Indian journal of veterinary science and animal husbandry - Volumes 24-25, 1954-1955
Year: 1954
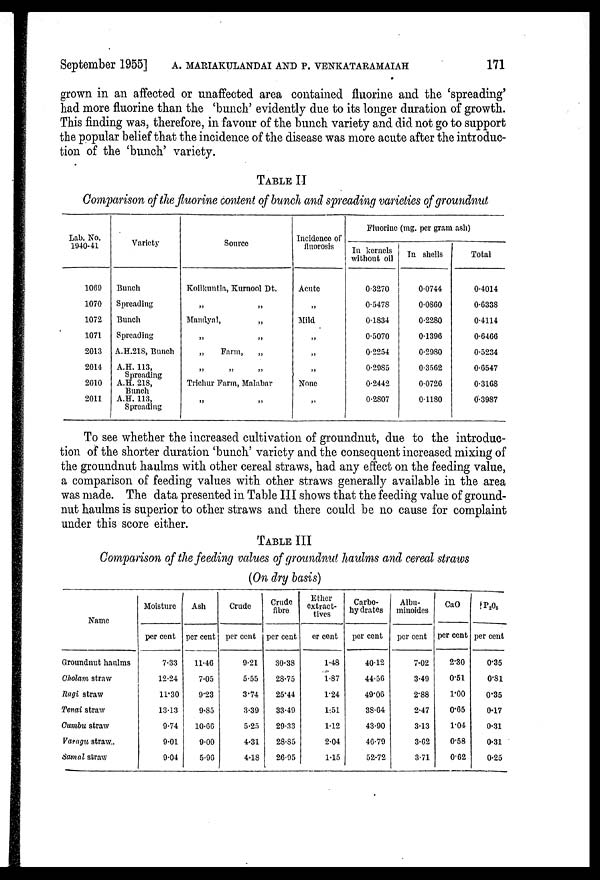
September 1955] A. MARIAKULANDAI AND P. VENKATARAMAIAH 171
grown in an affected or unaffected area contained fluorine and the 'spreading'
had more fluorine than the 'bunch' evidently due to its longer duration of growth.
This finding was, therefore, in favour of the bunch variety and did not go to support
the popular belief that the incidence of the disease was more acute after the introduc-
tion of the 'bunch' variety.
TABLE II
Comparison of the fluorine content of bunch and spreading varieties of groundnut
Lab. No.
1940-41
1069
1070
1072
1071
2013
2014
2010
2011
Variety
Bunch
Spreading
Bunch
Spreading
A.H.218, Bunch
A.H. 113,
Spreading
A.H. 218,
Bunch
A.H. 113,
Spreading
Source
Koilkuntla, Kurnool Dt.
„ „
Mandyal,
„
„ „
„
Farm,
„
„ „ „
Trichur Farm, Malabar
„ „
Incidence of
fluorosis
Acute
„
Mild
„
„
„
None
„
Fluorine (mg. per gram ash)
In kernels
without oil
0.3270
0.5478
0.1834
0.5070
0.2254
0.2985
0.2442
0.2807
In shells
0.0744
0.0860
0.2280
0.1396
0.2980
0.3562
0.0726
0.1180
Total
0.4014
0.6338
0.4114
0.6466
0.5234
0.6547
0.3168
0.3987
To see whether the increased cultivation of groundnut, due to the introduc-
tion of the shorter duration 'bunch' variety and the consequent increased mixing of
the groundnut haulms with other cereal straws, had any effect on the feeding value,
a comparison of feeding values with other straws generally available in the area
was made. The data presented in Table III shows that the feeding value of ground-
nut haulms is superior to other straws and there could be no cause for complaint
under this score either.
TABLE III
Comparison of the feeding values of groundnut haulms and cereal straws
(On dry basis)
Name
Groundnut haulms
Cholam straw
Ragi straw
Tenai straw
Cumbu straw
Varagu straw
Samal straw
Moisture
per cent
7.33
12.24
11.30
13.13
9.74
9.01
9.04
Ash
per cent
11.46
7.05
9.23
9.85
10.66
9.00
5.96
Crude
per cent
9.21
5.55
3.74
3.39
5.25
4.31
4.18
Crude
fibre
per cent
30.38
28.75
25.44
33.49
29.33
28.85
26.95
Ether
extract-
tives
per cent
1.48
1.87
1.24
1.51
1.12
2.04
1.15
Carbo-
hy drates
per cent
40.12
44.56
49.06
38.64
43.90
46.79
52.72
Albu-
minoides
per cent
7.02
3.49
2.88
2.47
3.13
3.62
3.71
CaO
per cent
2.30
0.51
1.00
0.65
1.04
0.58
0.62
P 2 O 5
per cent
0.35
0.81
0.35
0.17
0.31
0.31
0.25